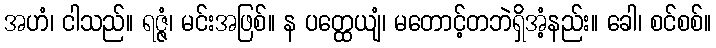
အဟံ၊ ငါသည်။ ရဇ္ဇံ၊ မင်းအဖြစ်။ န ပတ္ထေယျံ၊ မတောင့်တဘဲရှိအံ့နည်း။ ခေါ၊ စင်စစ်။